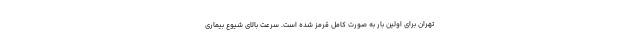
تهران برای اولین بار به صورت کامل قرمز شده است. سرعت بالای شیوع بیماری